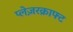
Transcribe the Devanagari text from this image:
प्लेज़रक्राफ्ट